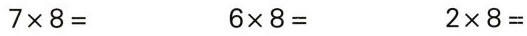
$$7 \times 8 =$$ $$6 \times 8 =$$ $$2 \times 8 =$$